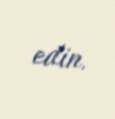
edin.